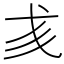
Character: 𢦑